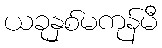
ယခုနှစ်မကုန်မီ